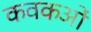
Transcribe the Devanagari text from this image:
कवकओं